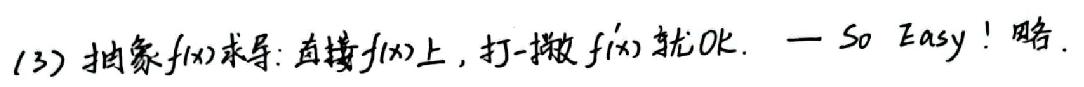
(3) 抽象$f(x)$求导: 直接$f(x)$上, 打一撇$f'(x)$就Ok. — So Easy! 略.